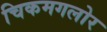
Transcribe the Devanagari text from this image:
चिकमगलोर